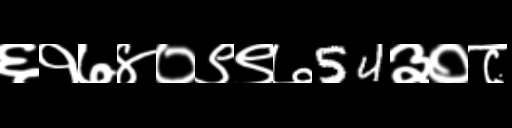
Text: ६१७४०९९७54३०८